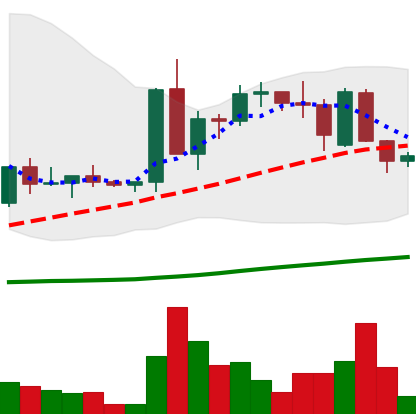
Ticker: ETC-USD
Chart end date: 2022-09-17
Forward return: -16.845%
Label: down_7plus